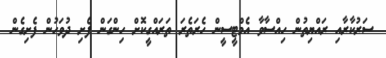
ސަރުކާރާއި ރައްޔިތުން ހިއްސާވާ އެމްޓީސީން ހެރަތެރަ ތަރައްގީކޮށް ހިންގަން ފެށި ދުވަހުން ފެށިގެން